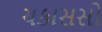
ચકાસસો